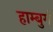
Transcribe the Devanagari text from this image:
हाम्बुर्ग